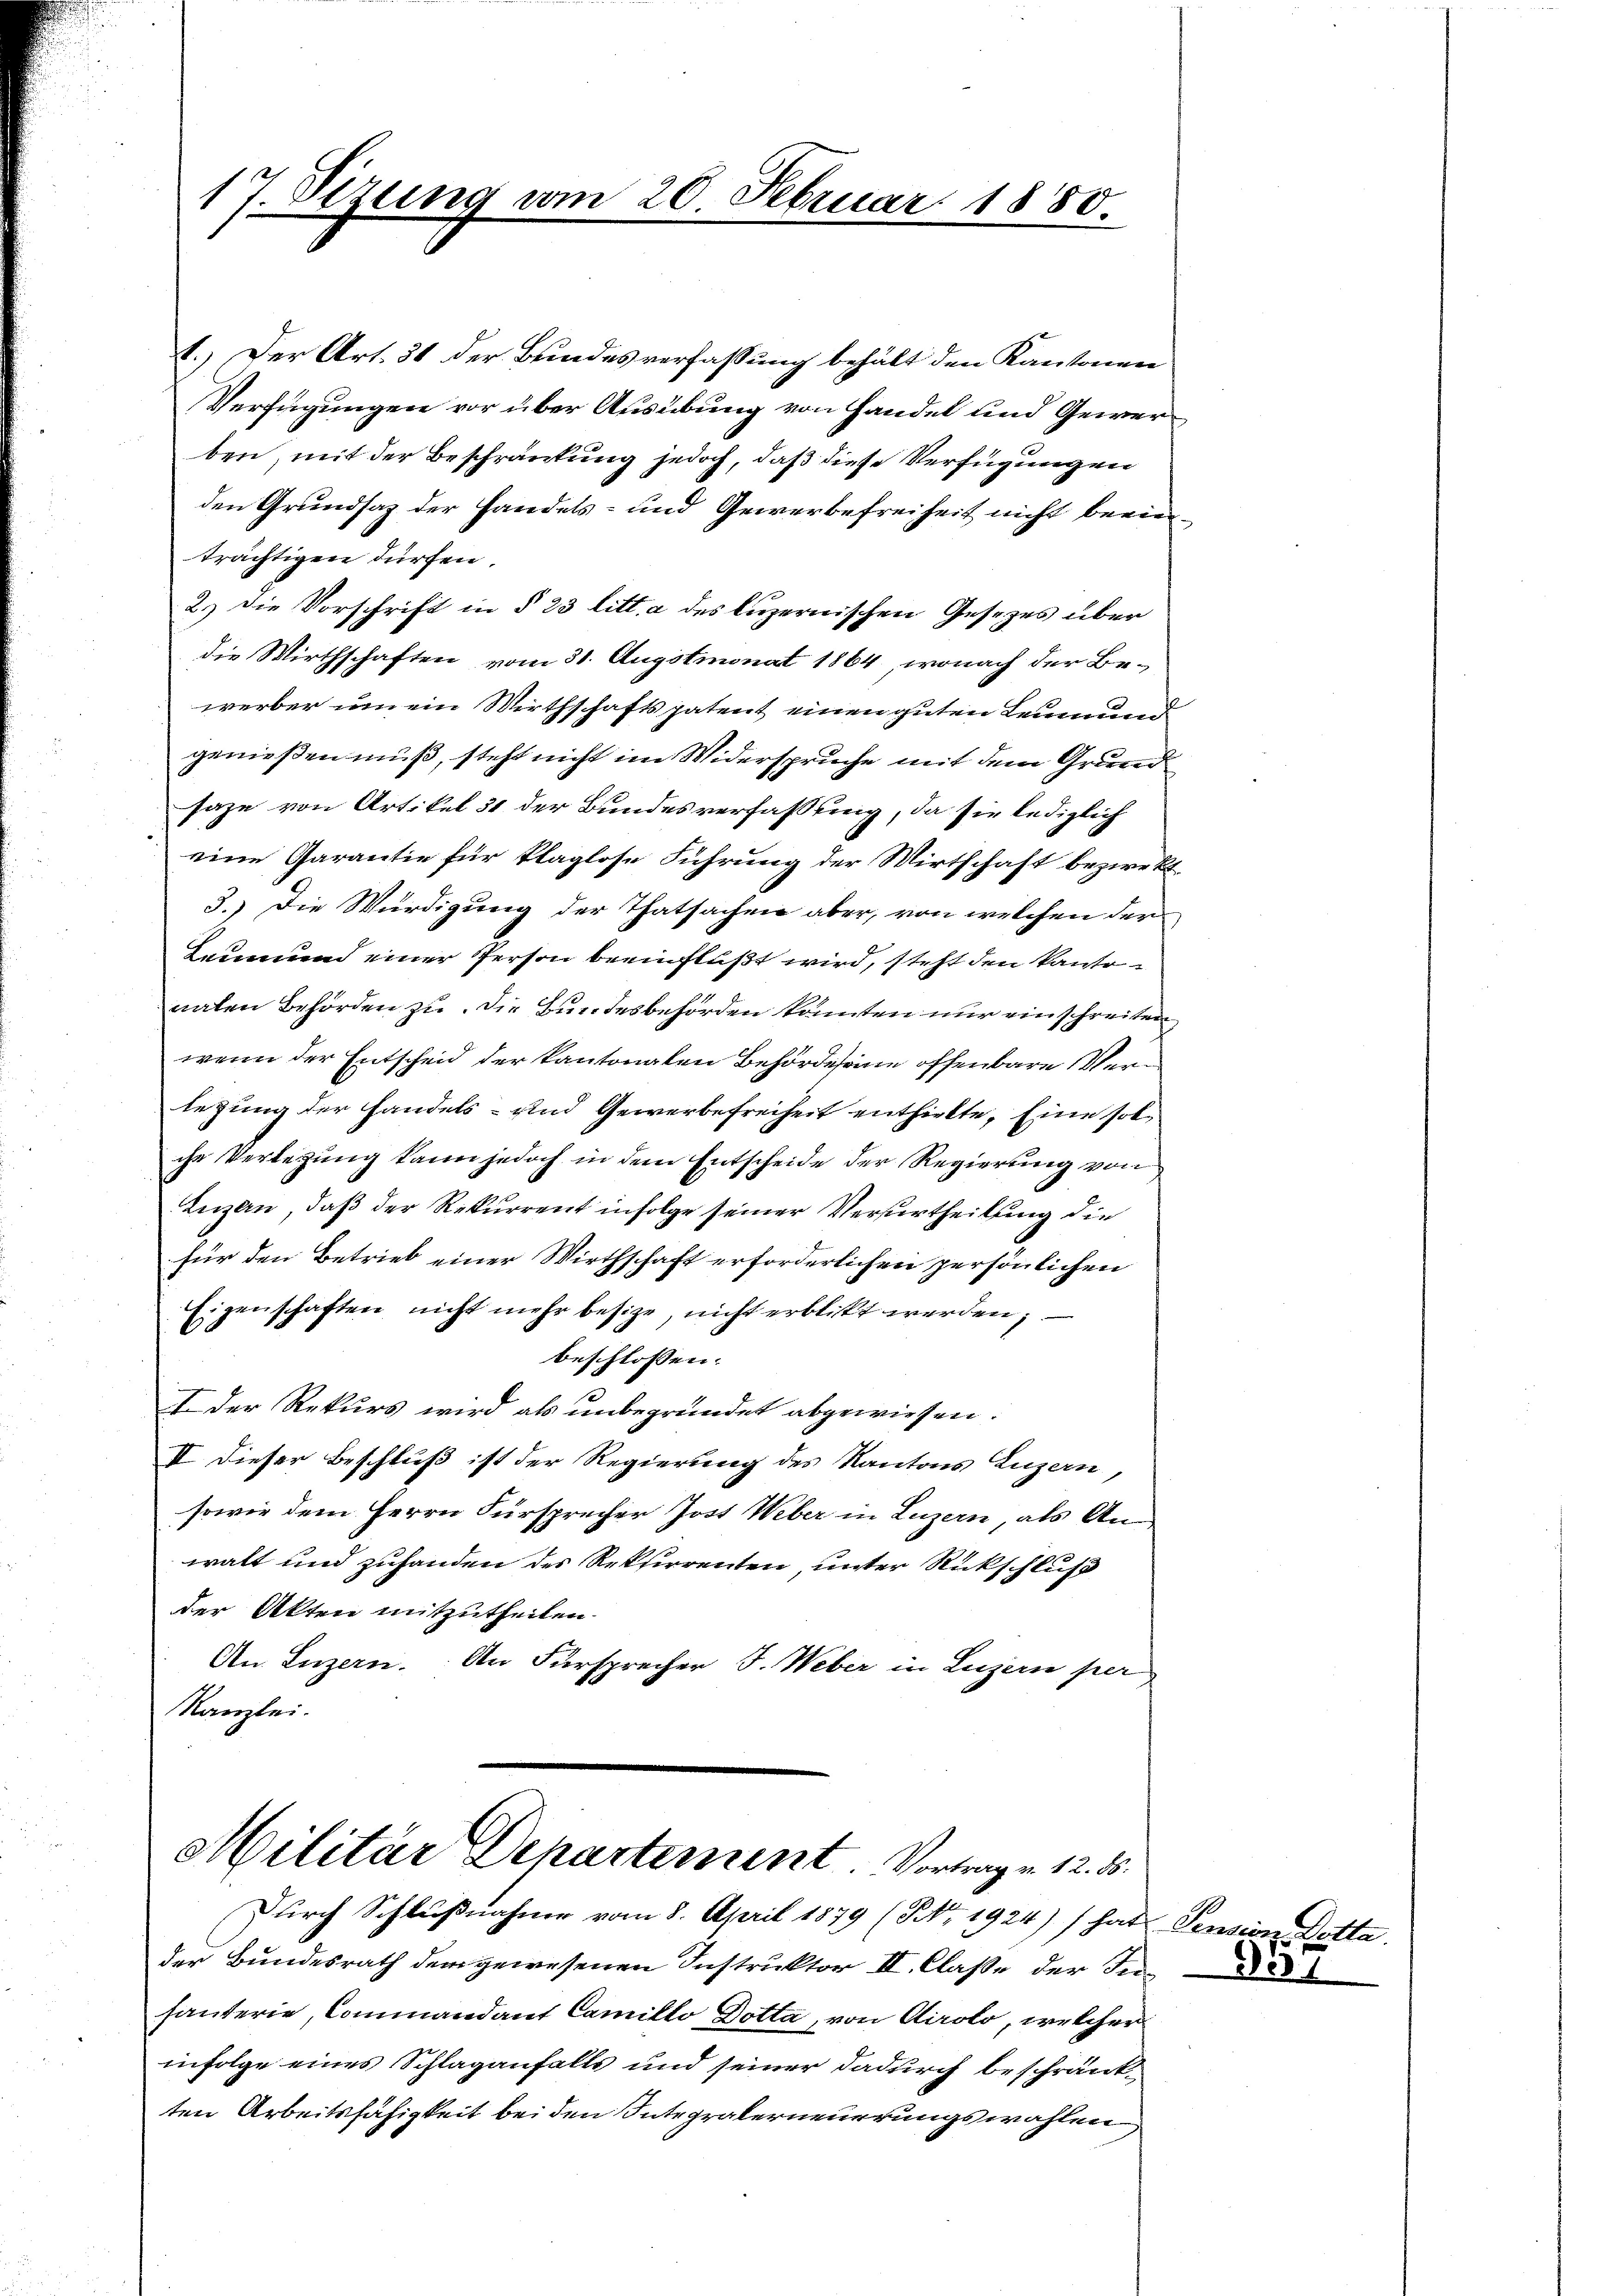
17. Stzung vom 20. Februar 1880.

1.) Der Art. 31 der Bundesverfassung behält den Kantonen
Verfügungen vor über Ausübung von Handel und Gewerben, mit der Beschränkung jedoch, daß diese Verfügungen
den Grundsaz der Handels- und Gewerbefreiheit nicht berieträchtigen dürfen.
2.) Die Vorschrift in § 23 litt. a des luzernischen Gesezes über
die Wirthschaften vom 31. Augstmonat 1864, wonach der Bewerber um ein Wirthschaftspatent einen guten Leumund
genießen muß, steht nicht im Widerspruche mit dem Grund
saze von Artikel 31 der Bundesverfassung, da sie lediglich
eine Garantie für klaglose Führung der Wirtschaft beziekt
3.) Die Würdigung der Thatsachen aber, von welchen der
Leumund einer Person beeinflußt wird, steht den kantonaten Behörden zu. Die Bundesbehörden könnten nur einschreiten
wenn der Entscheid der kantonalen Behörde seine offenbare Verlegung der handels- und Gewerbefreiheit enthielte, Eine solche Verlegung kann jedoch in dem Entscheide der Regierung von
Lezen, daß der Rekurrent infolge seiner Verurtheilung die
für den Betrieb einer Wirthschaft erforderlichen persönlichen
Eigenschaften nicht mehr besize, nicht erblickt werden;
beschlossen:
I. Der Rekurs wird als unbegründet abgewiesen.
II dieser Beschluß ist der Regierung des Kantons Luzern,
sowie dem Herrn Fürsprecher Jost Weber in Luzern, als Anwalt und zuhanden der Rekurrenten, unter Rückschluß
der Akten mitzutheilen.
An Luzern. An Fürsprecher J. Weber in Luzern per
Kanzlei.

Militär Departement Vortrag v. 12. 85.
Durch Schlußnahme vom 8. April 1879 (NNo. 1924) / hat Pension Dotta.

der Bundesrath dem gewesenen Instruktor III. Claße der Se
hauterie, Commandant Camillo Dotta, von Airolo, welcher
infolge eines Schlaganfalls und seiner dadurch beschränkten Arbeitsfähigkeit bei den Integralerneuerungswahlen,